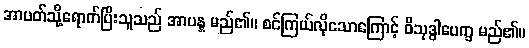
အာပတ်သို့ရောက်ပြီးသူသည် အာပန္န မည်၏။ စင်ကြယ်လိုသောကြောင့် ဝိသုဒ္ဓါပေက္ခ မည်၏။